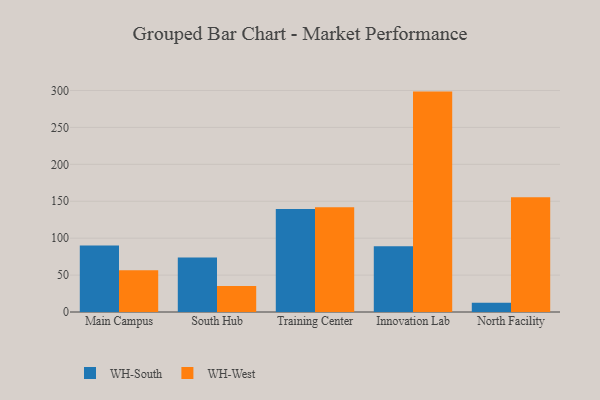
{"axis": {"x": "Campus", "y": "Latency (ms)"}, "legend": ["WH-South", "WH-West"], "data": [{"x": "Main Campus", "y": 90.1, "type": "WH-South"}, {"x": "Main Campus", "y": 56.4, "type": "WH-West"}, {"x": "South Hub", "y": 73.8, "type": "WH-South"}, {"x": "South Hub", "y": 35.1, "type": "WH-West"}, {"x": "Training Center", "y": 139.6, "type": "WH-South"}, {"x": "Training Center", "y": 141.8, "type": "WH-West"}, {"x": "Innovation Lab", "y": 88.9, "type": "WH-South"}, {"x": "Innovation Lab", "y": 298.5, "type": "WH-West"}, {"x": "North Facility", "y": 12.5, "type": "WH-South"}, {"x": "North Facility", "y": 155.5, "type": "WH-West"}]}